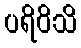
ပရိဝိသိ